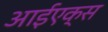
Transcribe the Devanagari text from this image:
आईएक्स